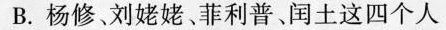
B.杨修。刘姥姥、菲利普、闰土这四个人